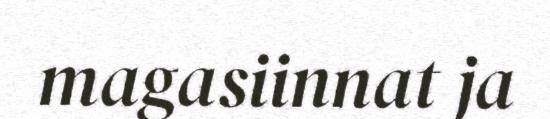
magasiinnat ja